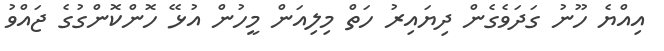
އިއްޔެ ހޫނު ގަދަވެގެން ދިޔައިރު ހަތް މިލިއަން މީހުން އުޅޭ ހޮންކޮންގުގެ ޖައްވު